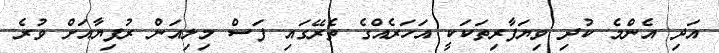
އަދި އެންމެ ކުދި ވިޔަފާރިތަކަކީ އަހަރެއްގެ ތެރޭގައި ފަސް މިލިއަން ރުފިޔާއަށް ވުރެ